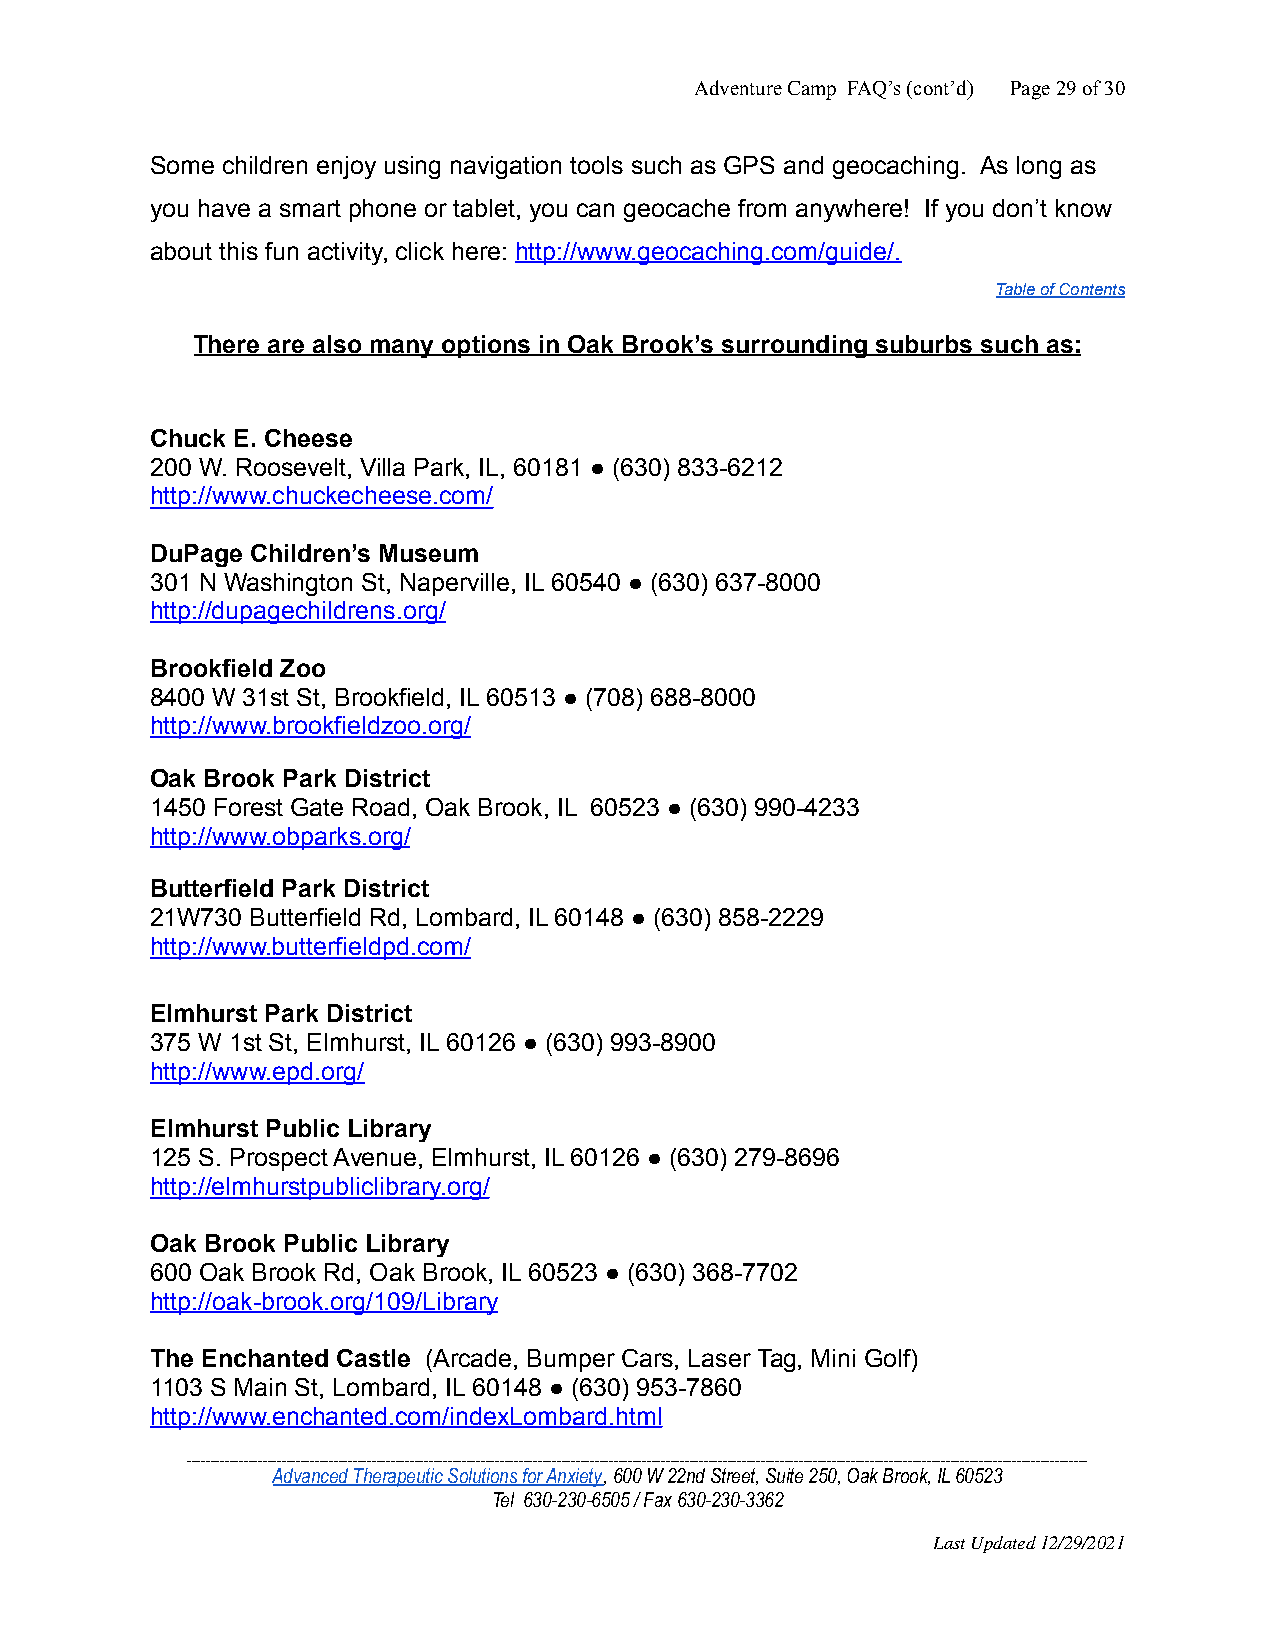
Adventure Camp FAQ’s (cont’d) Page29of30
 Some children enjoy using navigation tools such as GPS and geocaching. As long as
 you have a smart phone or tablet, you can geocache from anywhere! If you don’t know
 about this fun activity, click here: http://www.geocaching.com/guide/.
 Table of Contents
 There are also many options in Oak Brook’s surrounding suburbs such as:
 Chuck E. Cheese
 200 W. Roosevelt, Villa Park, IL, 60181 ● (630) 833-6212
 http://www.chuckecheese.com/
 DuPage Children’s Museum
 301 N Washington St, Naperville, IL 60540 ● (630) 637-8000
 http://dupagechildrens.org/
 Brookfield Zoo
 8400 W 31st St, Brookfield, IL 60513 ● (708) 688-8000
 http://www.brookfieldzoo.org/
 Oak Brook Park District
 1450 Forest Gate Road, Oak Brook, IL 60523 ● (630) 990-4233
 http://www.obparks.org/
 Butterfield Park District
 21W730 Butterfield Rd, Lombard, IL 60148 ● (630) 858-2229
 http://www.butterfieldpd.com/
 Elmhurst Park District
 375 W 1st St, Elmhurst, IL 60126 ● (630) 993-8900
 http://www.epd.org/
 Elmhurst Public Library
 125 S. Prospect Avenue, Elmhurst, IL 60126 ● (630) 279-8696
 http://elmhurstpubliclibrary.org/
 Oak Brook Public Library
 600 Oak Brook Rd, Oak Brook, IL 60523 ● (630) 368-7702
 http://oak-brook.org/109/Library
 The Enchanted Castle (Arcade, Bumper Cars, Laser Tag, Mini Golf)
 1103 S Main St, Lombard, IL 60148 ● (630) 953-7860
 http://www.enchanted.com/indexLombard.html
 ______________________________________________________________________________________________________________________________________________________________________________________________
 Advanced Therapeutic Solutions for Anxiety, 600 W22nd Street, Suite 250, Oak Brook, IL 60523
 Tel 630-230-6505 / Fax 630-230-3362
 Last Updated 12/29/2021